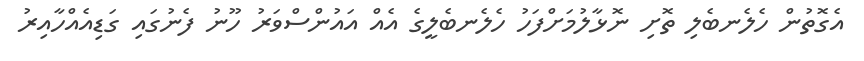
އެގޮތުން ހެލެނބެލި ތޮށި ނޮޅާލުމަށްފަހު ހެލެނބެލީގެ އެއް އައުންސްވަރު ހޫނު ފެނުގައި ގަޑިއެއްހާއިރު